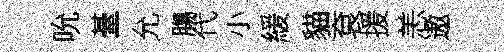
吮䑓允膓代小緩貓袞援恙遨